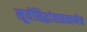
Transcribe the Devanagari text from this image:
सूर्यसिद्धांताप्रमाणेच